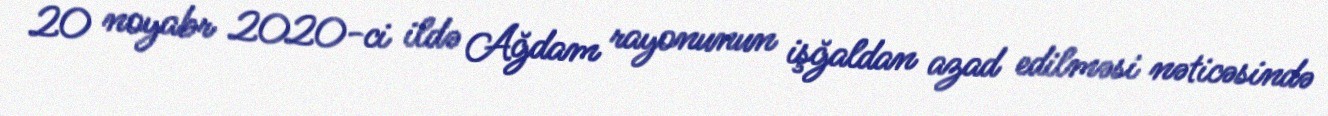
20 noyabr 2020-ci ildə Ağdam rayonunun işğaldan azad edilməsi nəticəsində